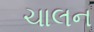
ચાલન